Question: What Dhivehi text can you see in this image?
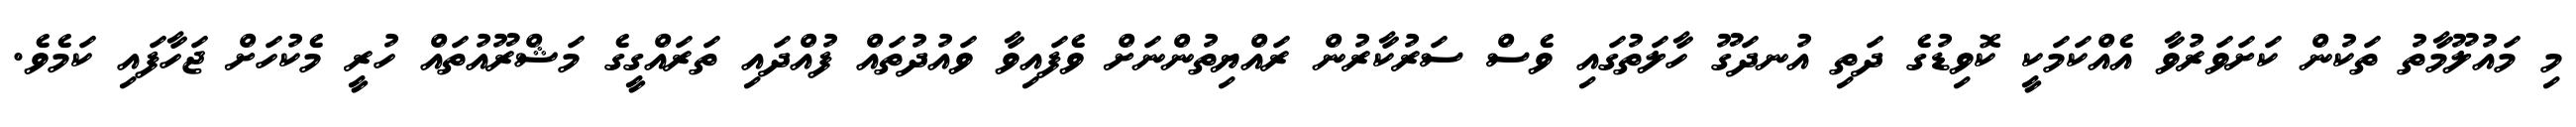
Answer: މި މައުލޫމާތު ތަކުން ކަށަވަރުވާ އެއްކަމަކީ ކޮވިޑުގެ ދަތި އުނދަގޫ ހާލަތުގައި ވެސް ސަރުކާރުން ރައްޔިތުންނަށް ވެފައިވާ ވައުދުތައް ފުއްދައި ތަރައްގީގެ މަޝްރޫއުތައް ހުރީ މެކުހަށް ޖަހާފައި ކަމެވެ.